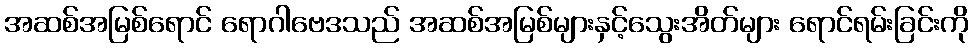
အဆစ်အမြစ်ရောင် ရောဂါဗေဒသည် အဆစ်အမြစ်များနှင့်သွေးအိတ်များ ရောင်ရမ်းခြင်းကို